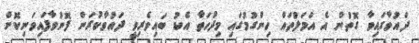
ދައުވާގައިވާ ގޮތުން އެ އަމަލުތައް ހިންގުމުގައި މިދުހަތާ އެކު ބައިވެރިވީ ދައުވާކުރަން ފޮނުވާފައިވަނިކޮށް